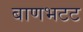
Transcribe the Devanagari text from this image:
बाणभटट